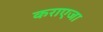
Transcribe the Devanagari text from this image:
कराएजा